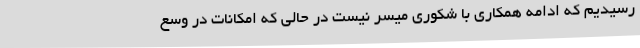
رسیدیم که ادامه همکاری با شکوری میسر نیست در حالی که امکانات در وسع